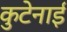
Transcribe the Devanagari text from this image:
कुटेनाई